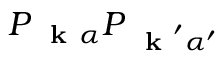
P _ { \mathrm { ~ \bf ~ k ~ } \alpha } P _ { \mathrm { ~ \bf ~ k ~ } ^ { \prime } \alpha ^ { \prime } }